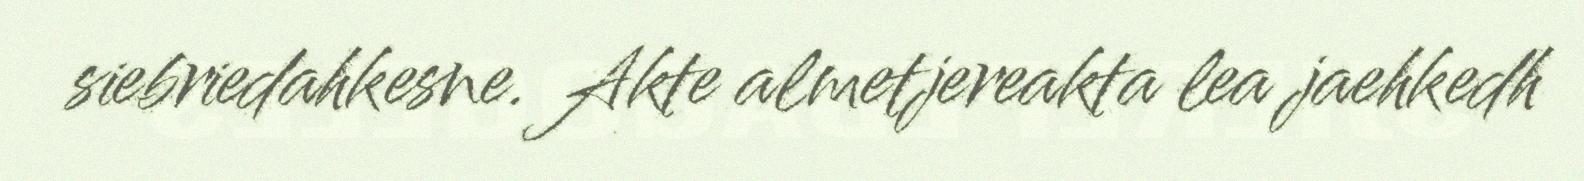
siebriedahkesne. Akte almetjereakta lea jaehkedh